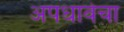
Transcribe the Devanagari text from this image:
अपधावेचा